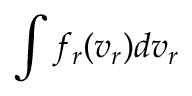
\int f _ { r } ( v _ { r } ) d v _ { r }